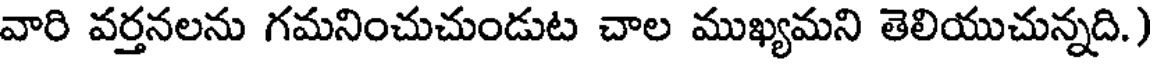
వారి వర్తనలను గమనించుచుండుట చాల ముఖ్యమని తెలియుచున్నది.)